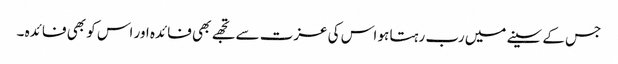
جس کے سینے میں رب رہتا ہو اس کی عزت سے تجھے بھی فائدہ اور اس کو بھی فائدہ ۔